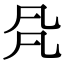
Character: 𠘻